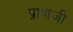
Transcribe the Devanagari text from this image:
प्राणजी